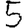
Digit: 5